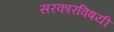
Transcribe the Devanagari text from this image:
सरकारविषयी